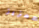
لتعزيز